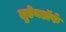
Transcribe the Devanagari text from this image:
लुडेनडॉर्फ